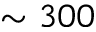
\sim 3 0 0